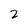
Character: 2